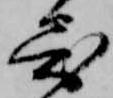
寄